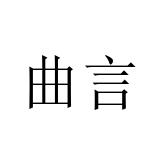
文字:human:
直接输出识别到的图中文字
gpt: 曲言